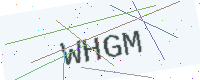
Text: WHGM